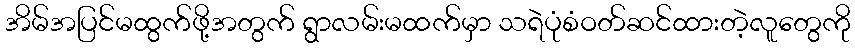
အိမ်အပြင်မထွက်ဖို့အတွက် ရွာလမ်းမထက်မှာ သရဲပုံစံဝတ်ဆင်ထားတဲ့လူတွေကို